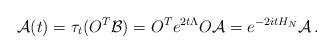
LaTeX: \begin{align*} \mathcal{A}(t) = \tau_t( O^T \mathcal{B}) = O^T e^{2t \Lambda} O \mathcal{A} = e^{-2itH_N} \mathcal{A} \, .\end{align*}